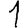
Digit: 1